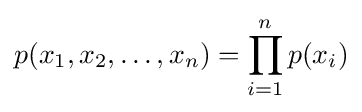
p(x_{1},x_{2},\ldots ,x_{n})=\prod _{i=1}^{n}p(x_{i})